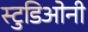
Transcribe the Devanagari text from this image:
स्टुडिओनी